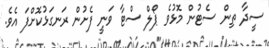
ސީދާ ތިން ސެޓުން މޮޅުވެ ޕޯލް ސްޓާ ވަނީ ފެށުން ރަނގަޅުކޮށްފަ އެވެ.